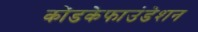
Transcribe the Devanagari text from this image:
कोंडकेफाउंडेशन